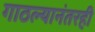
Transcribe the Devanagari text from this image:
गाठल्यानंतरही